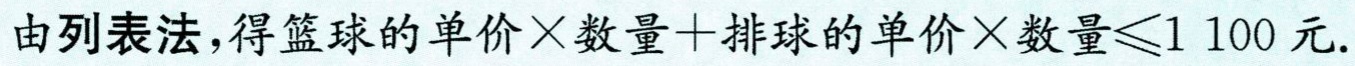
由列表法，得篮球的单价×数量+排球的单价×数量$\leq 1100$元.